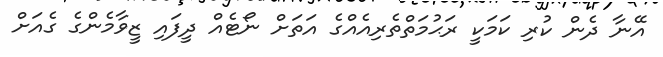
އޭނާ ދެން ކުރި ކަމަކީ ރަޙުމަތްތެރިއެއްގެ އަތަށް ނޯޓެއް ދީފައި ޒީވާމެންގެ ގެއަށް